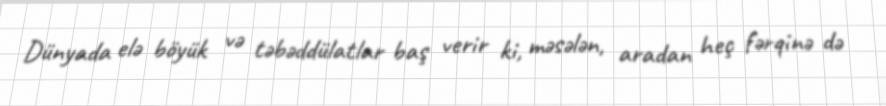
Dünyada elə böyük və təbəddülatlar baş verir ki, məsələn, aradan heç fərqinə də